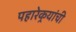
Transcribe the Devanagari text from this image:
पहारेकर्‍यांची